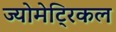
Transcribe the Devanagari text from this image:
ज्योमेट्रिकल